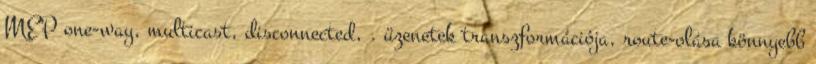
MEP one-way, multicast, disconnected, . üzenetek transzformációja, route-olása könnyebb